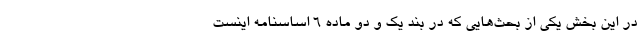
در این بخش یکی از بحث‌هایی که در بند یک و دو ماده 6 اساسنامه اینست